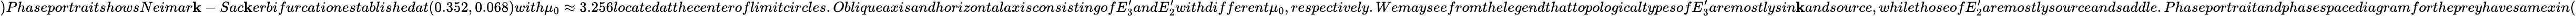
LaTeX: )PhaseportraitshowsNeimar\mathbf{k}-Sac\mathbf{k}erbifurcationestablishedat(0.352,0.068)with\mu_{0}\approx3.256locatedatthecenteroflimitcircles.ObliqueaxisandhorizontalaxisconsistingofE_{3}^{\prime}andE_{2}^{\prime}withdifferent\mu_{0},respectively.WemayseefromthelegendthattopologicaltypesofE_{3}^{\prime}aremostlysin\mathbf{k}andsource,whilethoseofE_{2}^{\prime}aremostlysourceandsaddle.Phaseportraitandphasespacediagramforthepreyhavesamexin(